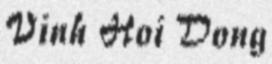
Vinh Hoi Dong